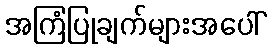
အကြံပြုချက်များအပေါ်